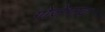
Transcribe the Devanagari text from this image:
गोजेगाव